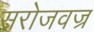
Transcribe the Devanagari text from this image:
सरोजवज्र